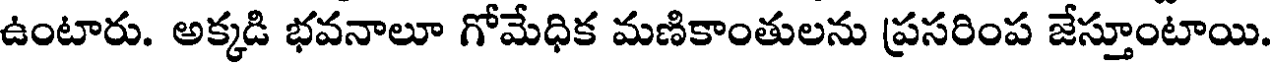
ఉంటారు. అక్కడి భవనాలూ గోమేధిక మణికాంతులను ప్రసరింప జేస్తూంటాయి.